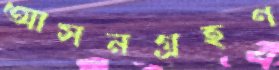
আসনগ্রহণ